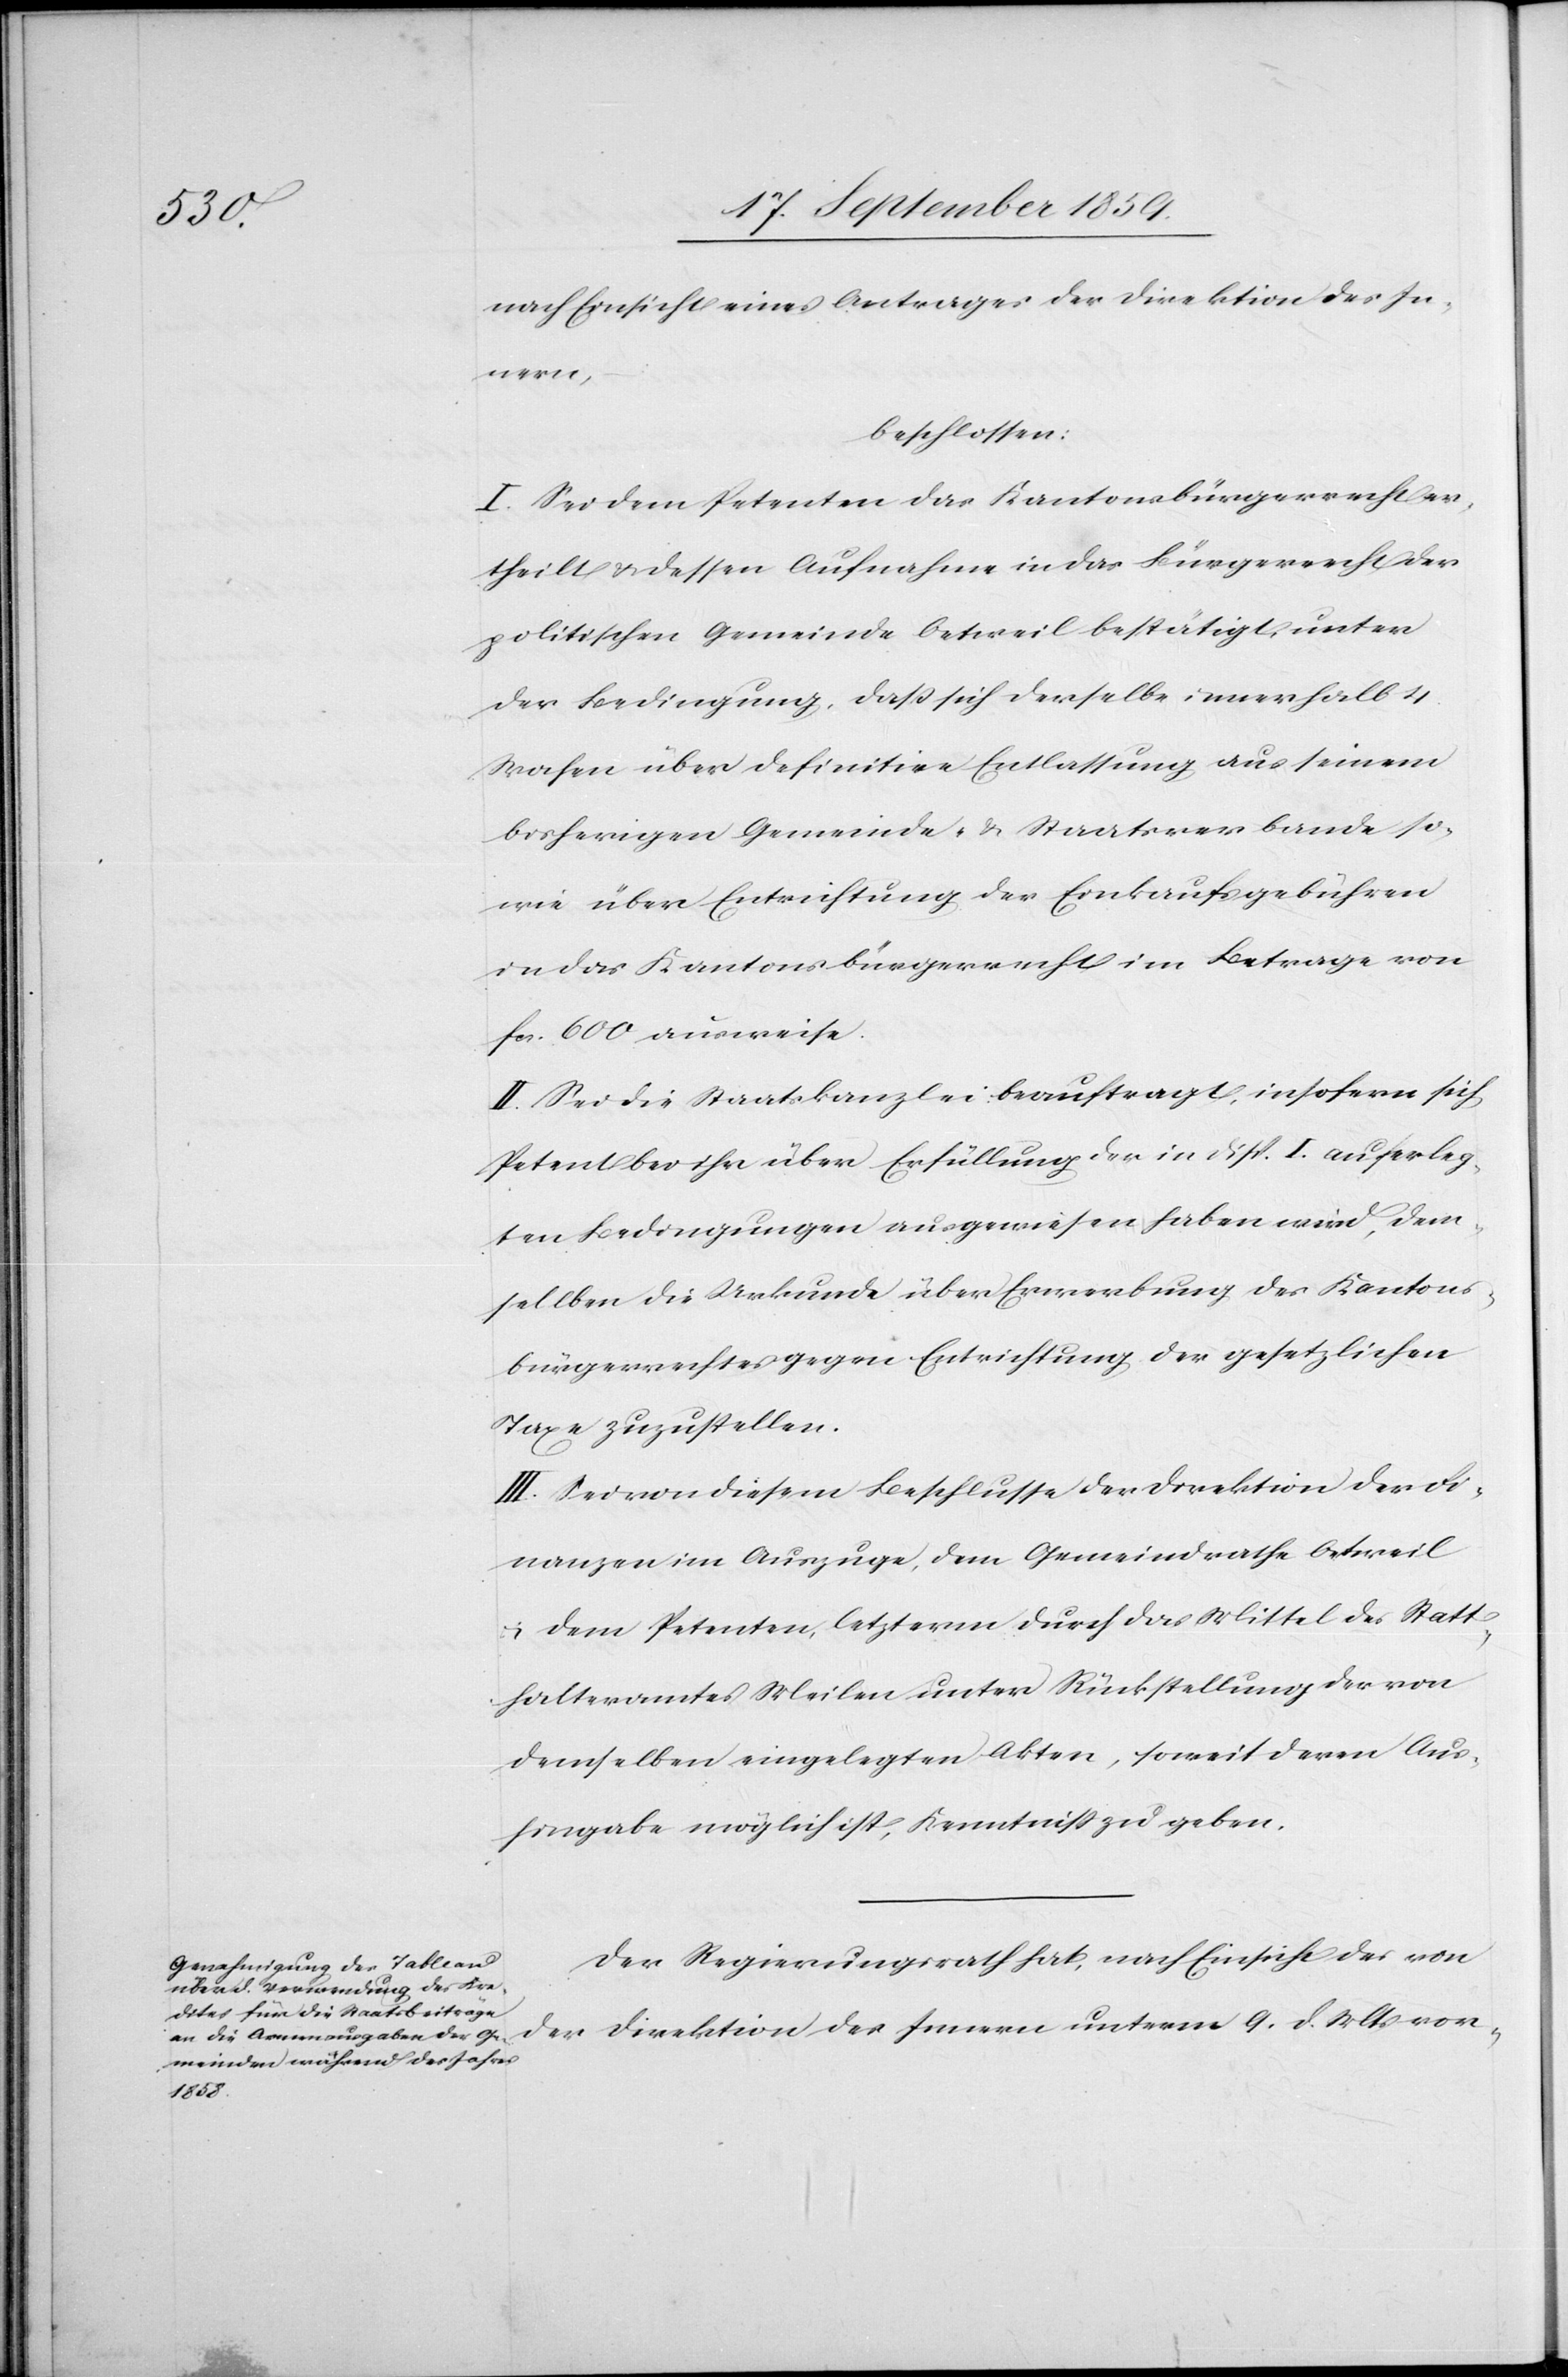
nach Einsicht eines Antrages der Direktion des In¬
Innern
beschlossen:
I. Sei dem Petenten das Kantonsbürgerrecht er¬
theilt & dessen Aufnahme in das Bürgerrecht der
politischen Gemeinde Oetweil bestätigt, unter
der Bedingung, daß sich derselbe innerhalb 4
Wochen über definitive Entlassung aus seinem
bisherigen Gemeinde- & Staatsverbande so¬
wie über Entrichtung der Einkaufsgebühren
in das Kantonsbürgerrecht im Betrage von
fcs. 600 ausweise.
II. Sei die Staatskanzlei beauftragt, insofern sich
Petent bei ihr über Erfüllung der in Disp. I. auferleg¬
ten Bedingungen ausgewiesen haben wird, dem
selben die Urkunde über Erwerbung des Kantons¬
bürgerrechtes gegen Entrichtung der gesetzlichen
Taxe zuzustellen.
III. Sei von diesem Beschlusse der Direktion der Fi¬
nanzen im Auszuge, dem Gemeindrathe Oetweil
& dem Petenten, letzterm durch das Mittel des Statt¬
halteramtes Meilen unter Rückstellung der von
demselben eingelegten Akten, soweit deren Aus¬
hingabe möglich ist, Kenntniß zu geben.
Der Regierungsrath hat, nach Einsicht des von